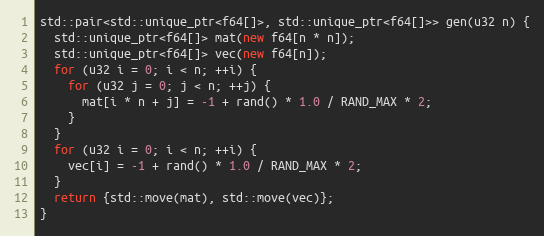
Language: C++
std::pair<std::unique_ptr<f64[]>, std::unique_ptr<f64[]>> gen(u32 n) {
  std::unique_ptr<f64[]> mat(new f64[n * n]);
  std::unique_ptr<f64[]> vec(new f64[n]);
  for (u32 i = 0; i < n; ++i) {
    for (u32 j = 0; j < n; ++j) {
      mat[i * n + j] = -1 + rand() * 1.0 / RAND_MAX * 2;
    }
  }
  for (u32 i = 0; i < n; ++i) {
    vec[i] = -1 + rand() * 1.0 / RAND_MAX * 2;
  }
  return {std::move(mat), std::move(vec)};
}